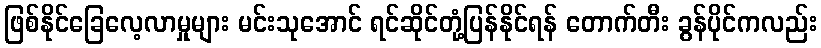
ဖြစ်နိုင်ခြေလေ့လာမှုများ မင်းသုအောင် ရင်ဆိုင်တုံ့ပြန်နိုင်ရန် တောက်တီး ခွန်ပိုင်ကလည်း